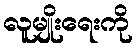
လူမျိုးရေးကို